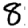
Digit: 8